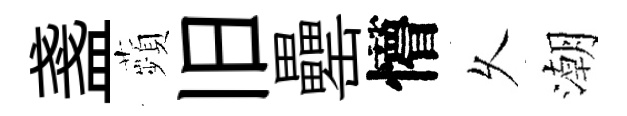
盞蘋旧罍懵乆潮